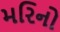
મરિનો